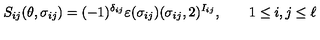
S _ { i j } ( \theta , \sigma _ { i j } ) = ( - 1 ) ^ { \delta _ { i j } } \varepsilon ( \sigma _ { i j } ) ( \sigma _ { i j } , 2 ) ^ { I _ { i j } } , \qquad 1 \leq i , j \leq \ell